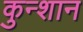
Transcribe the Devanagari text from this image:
कुन्शान